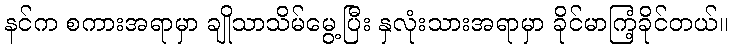
နင်က စကားအရာမှာ ချိုသာသိမ်မွေ့ပြီး နှလုံးသားအရာမှာ ခိုင်မာကြံ့ခိုင်တယ်။